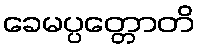
ခေမပ္ပတ္တောတိ